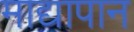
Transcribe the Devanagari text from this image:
माद्यापान